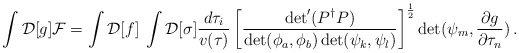
\begin{align*} \int {\cal D}[g] {\cal F} = \int {\cal D}[f] \: \int {\cal D}[\sigma] {d\tau_i\over v(\tau)} \left[ {\det'(P^\dagger P)\over \det(\phi_a,\phi_b)\det(\psi_k,\psi_l)} \right]^{1\over 2} \det (\psi_m,{\partial g\over \partial\tau_n}) \, .\end{align*}